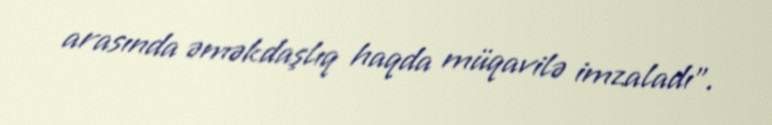
arasında əməkdaşlıq haqda müqavilə imzaladı”.